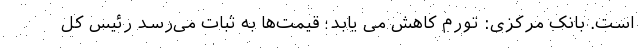
است. بانک مرکزی: تورم کاهش می یابد؛ قیمت‌ها به ثبات می‌رسد رئیس کل